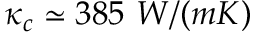
\kappa _ { c } \simeq 3 8 5 \ W / ( m K )